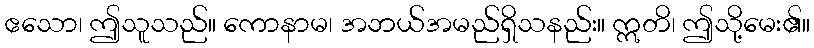
ဧသော၊ ဤသူသည်။ ကောနာမ၊ အဘယ်အမည်ရှိသနည်း။ ဣတိ၊ ဤသို့မေး၏။